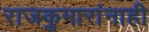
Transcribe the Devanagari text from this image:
राजकुमारांनाही